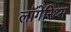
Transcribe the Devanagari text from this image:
लॉगेरिथ्म